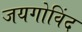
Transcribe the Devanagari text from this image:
जयगोविंद